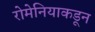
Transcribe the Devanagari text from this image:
रोमेनियाकडून